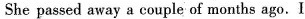
She passed away a couple of months ago.I